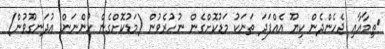
ތިމާއާއި ޖެހެންދެން ކިޔޫ އެއްފަދަ ތަނަކު މަޑުކޮށްގެން ނުހުރެވުން (މަޑުކޮށްގެން ހުންނަން އުދަނގޫވުން)